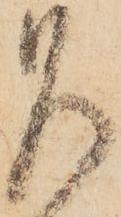
乍